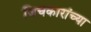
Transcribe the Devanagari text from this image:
जिचकारांच्या